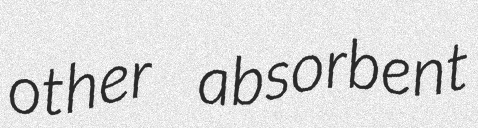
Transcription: other absorbent